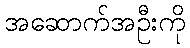
အဆောက်အဦးကို